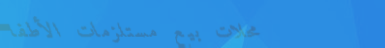
محلات بيع مستلزمات الأطفا